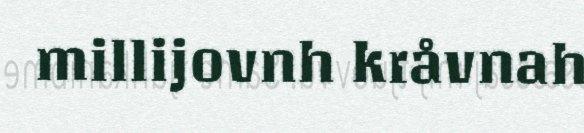
millijovnh kråvnah